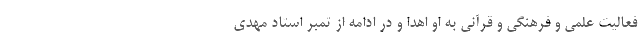
فعالیت علمی و فرهنگی و قرآنی به او اهدا و در ادامه از تمبر استاد مهدی